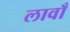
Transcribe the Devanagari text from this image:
लावाँ